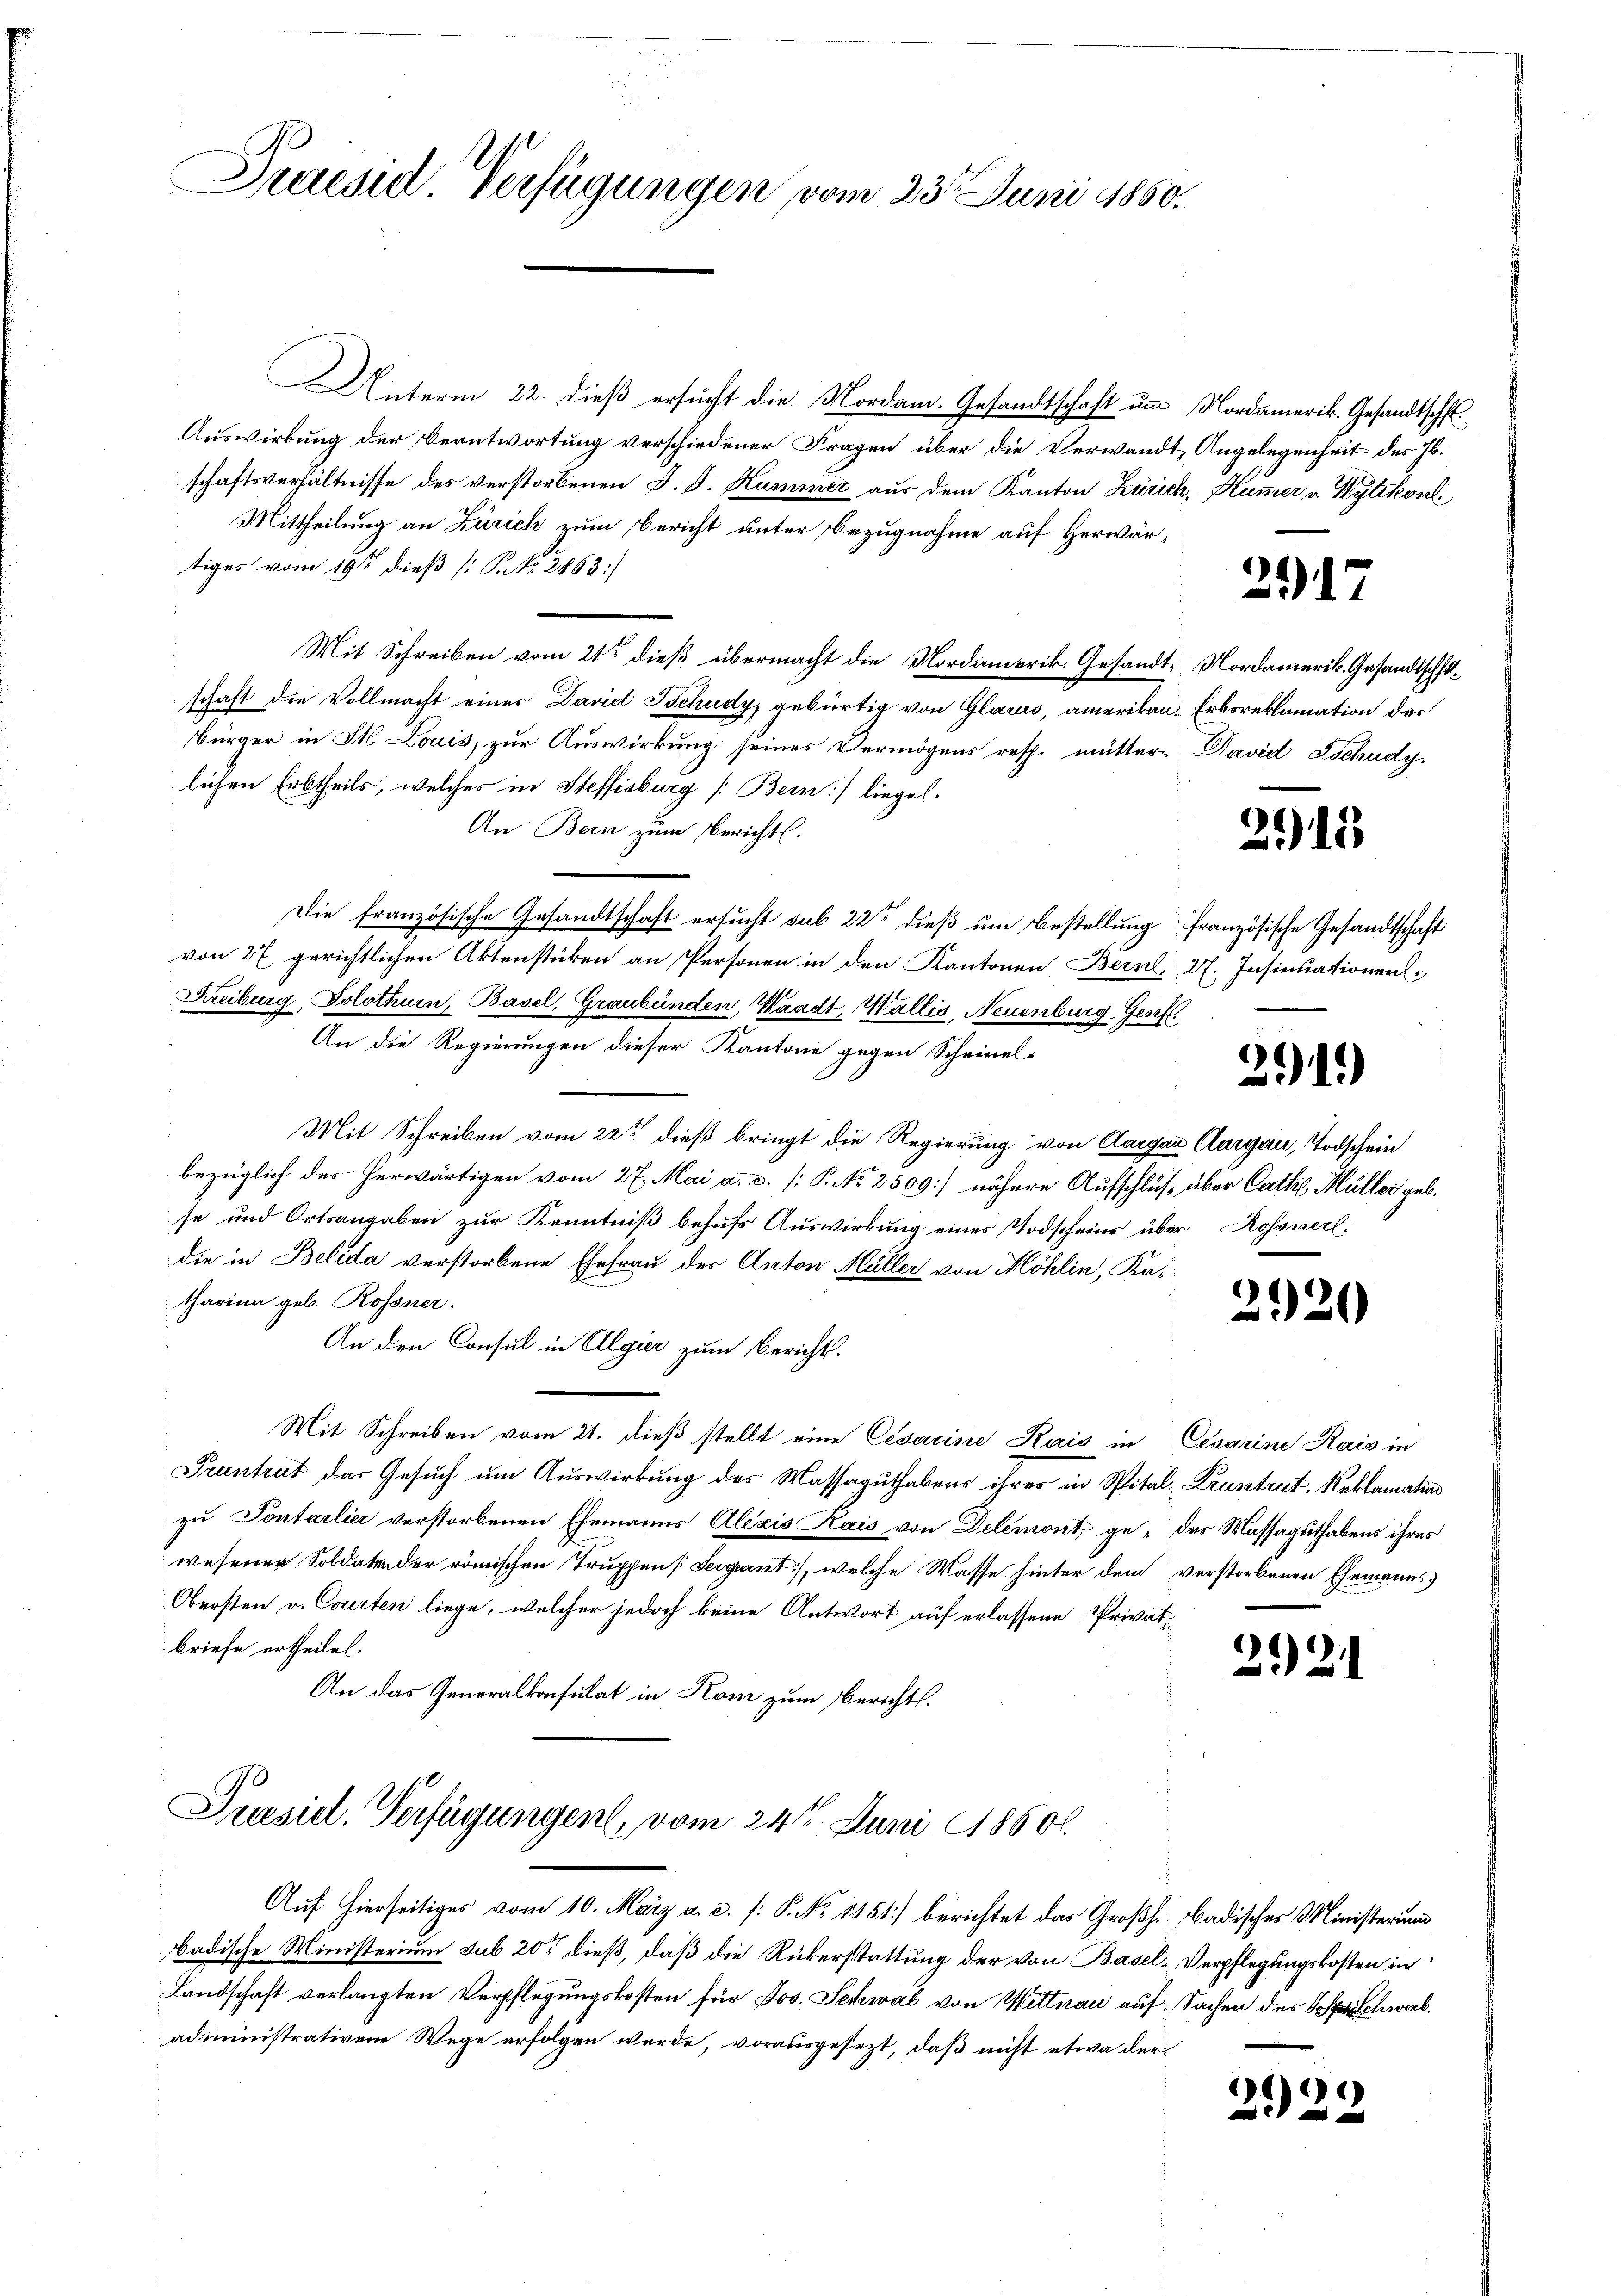
Praesil. Verfügungen vom 23t Juni 1860.

Unterm 22. dieß ersucht die Nordam. Gesandtschaft um Nordamerik. Gesandtschaf
Auswirkung der Beantwortung verschiedener Fragen über die Verwandt, Angelegenheit des Jb.
schaftsverhältnisse des verstorbenen J. P. Kummer aus dem Kanton Zürich, Kümmer v. Wytikon.
Mittheilung an Zürich zum Bericht unter bezugnahme auf Herwärtiges vom 19ten dieß [P. Nr. 2863]
Mit Schreiben vom 21ten dieß übermacht die Nordamerik. Gesandt-Nordamerik. Gesandtschftlschaft die Vollmacht eines David Tschudy, gebürtig von Glarus, amerikan, Erbsreklamation des
Bürger in St. Loais, zur Auswirkung seines Vermögens resp. mütterlichen Erbtheils, welches in Steffisburg [Bein liegel.
An Bern zum Bericht.
Die französische Gesandtschaft ersucht sub 22t dieß um Bestellung französische Gesandtschaft
von 27 gerichtlichen Aktenstücken an Personen in den Kantonen, Bern, 27. Insinuationen
Kreiburg, Solothurn, Basel, Graubünden, Waadt, Wallis, Neuenburg, Genf
An die Regierungen dieser Kantone gegen Schrinel-
Mit Schreiben vom 22ten dieß bringt die Regierung von Aargau Aargau, Todschein
bezüglich des herwärtigen vom 27. Mai a. c. [ P. Nr. 2509] nähere Aufschluß über Cathe Müller geb.
se und Ortsangaben zur Kenntniß behufs Auswirkung eines Todscheins über Rossnerl
die in Beleda verstorbene Ehefrau der Anton Müller von Möhlin, Katharina geb. Rossner.
An den Consul in Algier zum Berichts-
Mit Schreiben vom 21. dieß stellt eine Cesarine Kais in Cesarine Kais in
Pruntrut das Gesuch um Auswirkung des Massaguthabens ihres in Spital-Druntrut, Reklamation
zu Pontarlier verstorbenen Ehemanns Alexis Kais von Delémont, ge- des Massaguthabens ihres
wesenen Soldatender römischen Truppen [Sergernt, welche Wasse hinter dem verstorbenen Ehemanns
Obersten v. Courten liege, welcher jedoch keine Antwort auf erlassene Privatbriefe ertheilet.
An das Generalkonsulat in Kom zum Berichts¬
Puesid. Verfügungen, vom 24t Juni 1860.
Auf hierseitiges vom 10. März a. c. (: P. No 1451) berichtet das Großh. badisches Ministerun
badische Ministerium sub 20 dieß, daß die Rükerstattung der von Basel-Verpflegungskosten in
Landschaft verlangten Verpflegungskosten für Jos. Schwab von Wittnau auf Sachen des Schwab
administrativene Wege erfolgen werde, vorausgesezt, daß nicht etwa der

291.

David Tschudy.

3915

291)

2920

212.

)
292